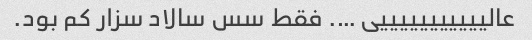
عالیییییییییییی …. فقط سس سالاد سزار کم بود.